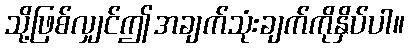
သို့ဖြစ်လျှင်ဤအချက်သုံးချက်ကိုနှိပ်ပါ။